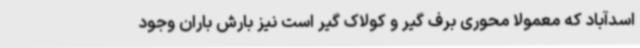
اسدآباد که معمولا محوری برف گیر و کولاک گیر است نیز بارش باران وجود